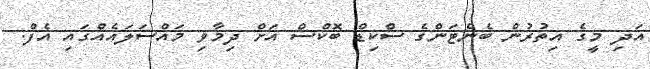
އަދި މީގެ އިތުރުން ބެނެޓަންގެ ސްކިޑް ބޮކްސް އަށް ދިމާވި މައްސަލައެއްގައި އެފް.